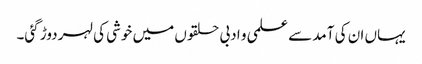
یہاں ان کی آمد سے علمی و ادبی حلقوں میں خوشی کی لہر دوڑ گئی۔